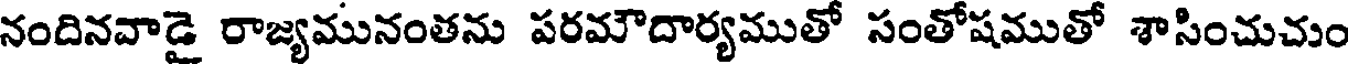
నందినవాడై రాజ్యమునంతను పరమౌదార్యముతో సంతోషముతో శాసించుచుం